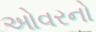
ઓવરનો